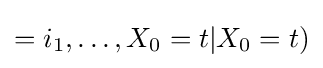
=i_{1},\ldots ,X_{0}=t|X_{0}=t)